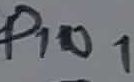
Text: PIN1